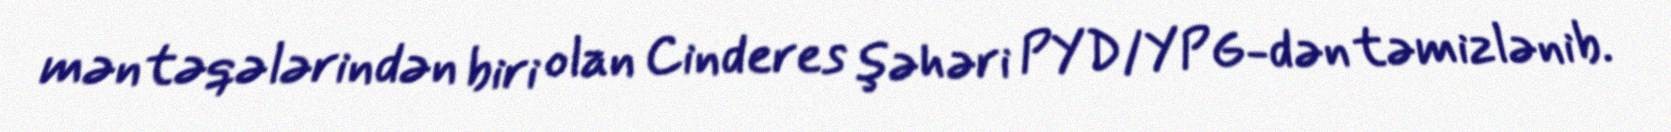
məntəqələrindən biri olan Cinderes şəhəri PYD/YPG-dən təmizlənib.